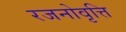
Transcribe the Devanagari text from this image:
रजनोवृत्ति